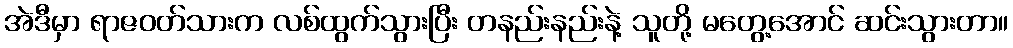
အဲဒီမှာ ရာဇဝတ်သားက လစ်ထွက်သွားပြီး တနည်းနည်းနဲ့ သူတို့ မတွေ့အောင် ဆင်းသွားတာ။